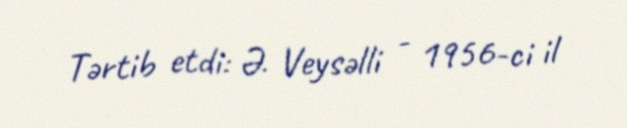
Tərtib etdi: Ə. Veysəlli - 1956-ci il